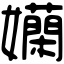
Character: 𡤄